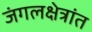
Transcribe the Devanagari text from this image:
जंगलक्षेत्रांत